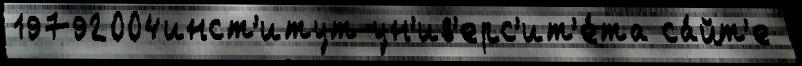
19792004инст'итут ун'ив'ерс'ит'е́та са́йт'е